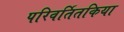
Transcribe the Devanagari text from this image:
परिवर्तितकिया